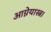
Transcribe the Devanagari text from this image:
आग्नेयास्त्र।